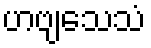
ဟဗျသေသံ